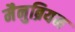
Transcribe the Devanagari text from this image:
मैनुब्रियम